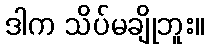
ဒါက သိပ်မချိုဘူး။